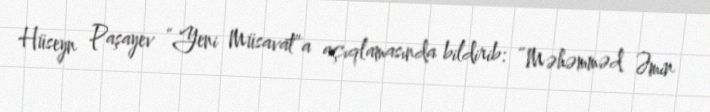
Hüseyn Paşayev “Yeni Müsavat”a açıqlamasında bildirib: “Məhəmməd Əmin